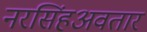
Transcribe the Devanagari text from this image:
नरसिंहअवतार